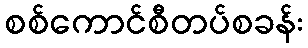
စစ်ကောင်စီတပ်စခန်း